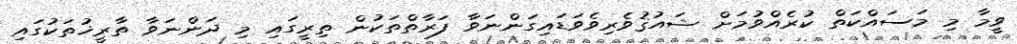
ވީމާ މި މަސައްކަތް ކުރެއްވުމަށް ޝައުޤުވެރިވެވަޑައިގަންނަވާ ފަރާތްތަކުން ތިރީގައި މި ދަންނަވާ ތާރީޚުތަކުގައި